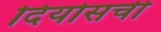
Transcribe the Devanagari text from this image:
दियोसची